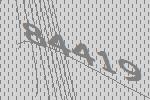
84419